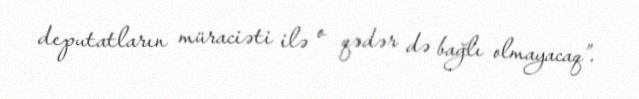
deputatların müraciəti ilə o qədər də bağlı olmayacaq”.